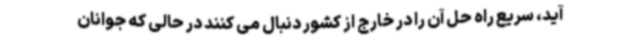
آید، سریع راه حل آن را در خارج از کشور دنبال می کنند در حالی که جوانان